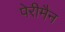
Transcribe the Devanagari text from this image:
पेरीमैन